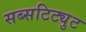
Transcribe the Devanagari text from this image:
सब्सटिट्युट